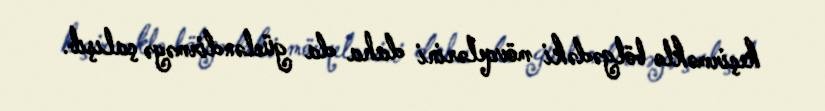
keçirməklə bölgədəki mövqelərini daha da gücləndirməyə çalışıb.